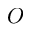
O